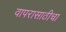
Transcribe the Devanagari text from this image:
वापरासाठीचा